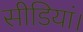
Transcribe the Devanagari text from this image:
सीडियां।